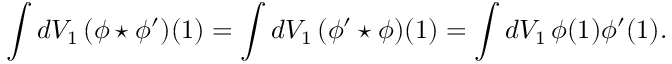
\int d V _ { 1 } \, ( \phi \star \phi ^ { \prime } ) ( 1 ) = \int d V _ { 1 } \, ( \phi ^ { \prime } \star \phi ) ( 1 ) = \int d V _ { 1 } \, \phi ( 1 ) \phi ^ { \prime } ( 1 ) .